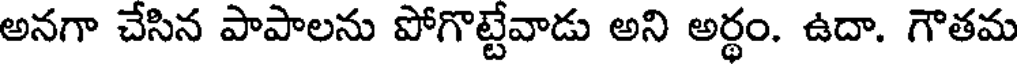
అనగా చేసిన పాపాలను పోగొట్టేవాడు అని అర్థం. ఉదా. గౌతమ